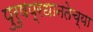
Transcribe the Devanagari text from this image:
पुरुषप्रधानतेच्या